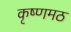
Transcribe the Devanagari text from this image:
कृष्णमठ